Leprosy in India: report of the Leprosy Commission in India, 1890-91
Year: 1890
Disease focus: Leprosy
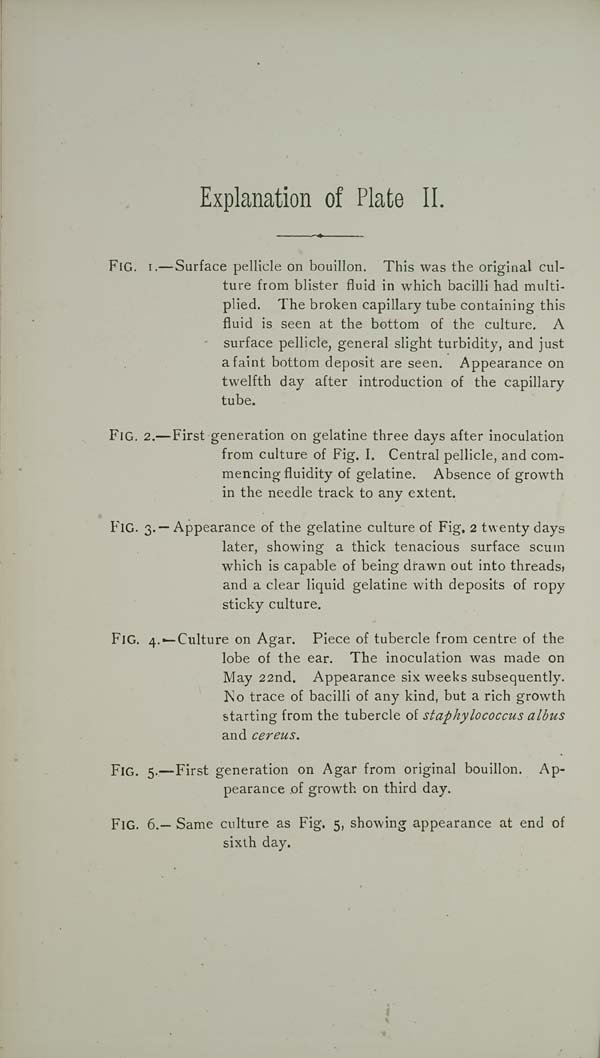
Explanation of Plate II.
FIG. I.—Surface pellicle on bouillon. This was the original cul-
ture from blister fluid in which bacilli had multi-
plied. The broken capillary tube containing this
fluid is seen at the bottom of the culture. A
surface pellicle, general slight turbidity, and just
a faint bottom deposit are seen. Appearance on
twelfth day after introduction of the capillary
tube.
FIG. 2.—First generation on gelatine three days after inoculation
from culture of Fig. I. Central pellicle, and com-
mencing fluidity of gelatine. Absence of growth
in the needle track to any extent.
FIG. 3.—Appearance of the gelatine culture of Fig. 2 twenty days
later, showing a thick tenacious surface scum
which is capable of being drawn out into threads,
and a clear liquid gelatine with deposits of ropy
sticky culture.
FIG. 4.—Culture on Agar. Piece of tubercle from centre of the
lobe of the ear. The inoculation was made on
May 22nd. Appearance six weeks subsequently.
No trace of bacilli of any kind, but a rich growth
starting from the tubercle of staphylococcus albus
and cereus.
FIG. 5.—First generation on Agar from original bouillon. Ap-
pearance of growth on third day.
FIG. 6.— Same culture as Fig. 5, showing appearance at end of
sixth day.